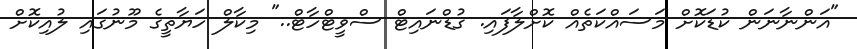
"އަންނާނަން ކުޑަކޮށް މަސައްކަތެއް ކޮށްލާފައި. ގުޑްނައިޓް ސްވީޓްހާޓް.." މިކާލް ހަޔާތީގެ މޫނުގައި ލުއިކޮށް